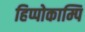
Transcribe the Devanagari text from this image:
हिप्पोकाम्पि